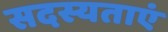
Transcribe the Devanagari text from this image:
सदस्यताएं